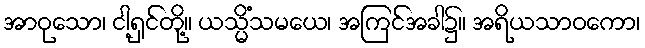
အာဝုသော၊ ငါ့ရှင်တို့။ ယသ္မိံသမယေ၊ အကြင်အခါ၌။ အရိယသာဝကော၊